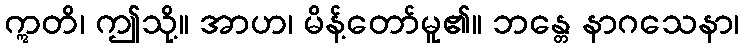
ဣတိ၊ ဤသို့။ အာဟ၊ မိန့်တော်မူ၏။ ဘန္တေ နာဂသေနာ၊